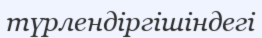
түрлендіргішіндегі